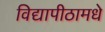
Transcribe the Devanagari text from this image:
विद्यापीठामधे